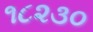
૧૮૨૩૦